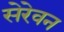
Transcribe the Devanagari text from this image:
सेरेवन